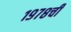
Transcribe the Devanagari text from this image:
१९७८ची